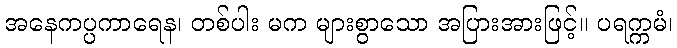
အနေကပ္ပကာရေန၊ တစ်ပါး မက များစွာသော အပြားအားဖြင့်။ ပရက္ကမံ၊